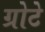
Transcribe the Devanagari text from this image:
ग्रोटे